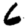
Digit: 6